Indian journal of veterinary science and animal husbandry - Volume 13,
Year: 1943
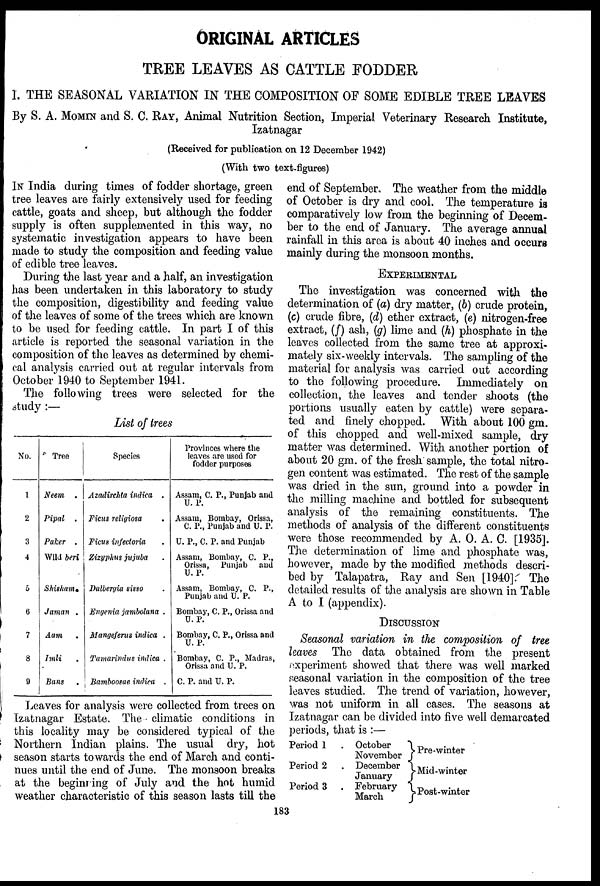
ORIGINAL ARTICLES
TREE LEAVES AS CATTLE FODDER
I. THE SEASONAL VARIATION IN THE COMPOSITION OF SOME EDIBLE TREE LEAVES
By S. A. MOMIN and S. C. RAY, Animal Nutrition Section, Imperial Veterinary Research Institute,
Izatnagar
(Received for publication on 12 December 1942)
(With two text-figures)
IN India during times of fodder shortage, green
tree leaves are fairly extensively used for feeding
cattle, goats and sheep, but although the fodder
supply is often supplemented in this way, no
systematic investigation appears to have been
made to study the composition and feeding value
of edible tree leaves.
During the last year and a half, an investigation
has been undertaken in this laboratory to study
the composition, digestibility and feeding value
of the leaves of some of the trees which are known
to be used for feeding cattle. In part I of this
article is reported the seasonal variation in the
composition of the leaves as determined by chemi-
cal analysis carried out at regular intervals from
October 1940 to September 1941.
The following trees were selected for the
study :—
List of trees
No.
1
2
3
4
5
6
7
8
9
Tree
Neem .
Pipal .
Paker .
Wild beri
Shisham.
Jaman .
Aam .
Imli .
Bans .
Species
Azadirchta indica .
Ficus religiosa .
Ficus infectoria .
Zizyphus jujuba .
Dalbergia sisso .
Engenia jambolana .
Mangeferus indica .
Tamarindus indica .
Bamboosae indica .
Provinces where the
leaves are used for
fodder purposes
Assam, C. P., Punjab and
U. P.
Assam, Bombay, Orissa,
C. P., Punjab and U. P.
U. P., C. P. and Punjab
Assam, Bombay, C. P.,
Orissa, Punjab and
U. P.
Assam, Bombay, C. P.,
Punjab and U. P.
Bombay, C. P., Orissa and
D. P.
Bombay, C. P., Orissa and
U. P.
Bombay, C. P., Madras,
Orissa and U. P.
C. P. and U. P.
Leaves for analysis were collected from trees on
Izatnagar Estate. The climatic conditions in
this locality may be considered typical of the
Northern Indian plains. The usual dry, hot
season starts towards the end of March and conti-
nues until the end of June. The monsoon breaks
at the beginning of July and the hot humid
weather characteristic of this season lasts till the
end of September. The weather from the middle
of October is dry and cool. The temperature is
comparatively low from the beginning of Decem-
ber to the end of January. The average annual
rainfall in this area is about 40 inches and occurs
mainly during the monsoon months.
EXPERIMENTAL
The investigation was concerned with the
determination of (a) dry matter, (b) crude protein,
(c) crude fibre, (d) ether extract, (e) nitrogen-free
extract, (f) ash, (g) lime and (h) phosphate in the
leaves collected from the same tree at approxi-
mately six-weekly intervals. The sampling of the
material for analysis was carried out according
to the following procedure. Immediately on
collection, the leaves and tender shoots (the
portions usually eaten by cattle) were separa-
ted and finely chopped. With about 100 gm.
of this chopped and well-mixed sample, dry
matter was determined. With another portion of
about 20 gm. of the fresh sample, the total nitro-
gen content was estimated. The rest of the sample
was dried in the sun, ground into a powder in
the milling machine and bottled for subsequent
analysis of the remaining constituents. The
methods of analysis of the different constituents
were those recommended by A. O. A. C. [1935].
The determination of lime and phosphate was,
however, made by the modified methods descri-
bed by Talapatra, Ray and Sen [1940]. The
detailed results of the analysis are shown in Table
A to I (appendix).
DISCUSSION
Seasonal variation in the composition of tree
leaves The data obtained from the present
experiment showed that there was well marked
seasonal variation in the composition of the tree
leaves studied. The trend of variation, however,
was not uniform in all cases. The seasons at
Izatnagar can be divided into five well demarcated
periods, that is :—
Period 1
Period 2
Period 3
. October
November
. December
January
. February
March
Pre-winter
Mid-winter
Post-winter
183